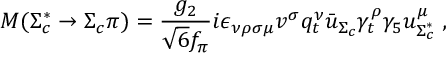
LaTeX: M ( \Sigma _ { c } ^ { * } \to \Sigma _ { c } \pi ) = { \frac { g _ { 2 } } { \sqrt { 6 } f _ { \pi } } } i \epsilon _ { \nu \rho \sigma \mu } v ^ { \sigma } q _ { t } ^ { \nu } { \bar { u } } _ { \Sigma _ { c } } \gamma _ { t } ^ { \rho } \gamma _ { 5 } u _ { \Sigma _ { c } ^ { * } } ^ { \mu } \; ,